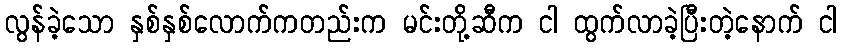
လွန်ခဲ့သော နှစ်နှစ်လောက်ကတည်းက မင်းတို့ဆီက ငါ ထွက်လာခဲ့ပြီးတဲ့နောက် ငါ